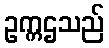
ဥက္ကဌသည်